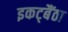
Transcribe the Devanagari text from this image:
इकट्बैंठा